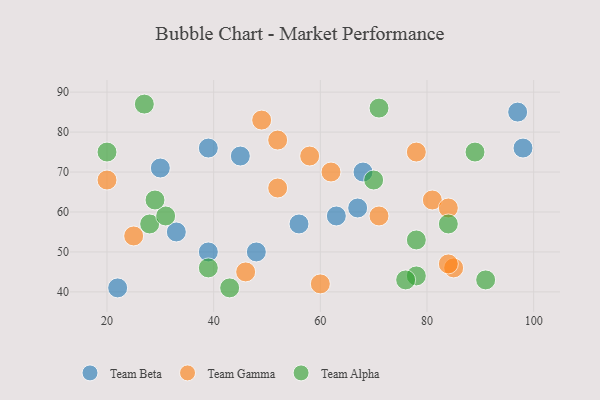
{"axis": {"x": "GDP", "y": "Life Expectancy"}, "legend": ["Team Alpha", "Team Beta", "Team Gamma"], "data": [{"x": "56", "y": 57, "type": "Team Beta"}, {"x": "22", "y": 41, "type": "Team Beta"}, {"x": "33", "y": 55, "type": "Team Beta"}, {"x": "67", "y": 61, "type": "Team Beta"}, {"x": "30", "y": 71, "type": "Team Beta"}, {"x": "68", "y": 70, "type": "Team Beta"}, {"x": "39", "y": 76, "type": "Team Beta"}, {"x": "98", "y": 76, "type": "Team Beta"}, {"x": "45", "y": 74, "type": "Team Beta"}, {"x": "48", "y": 50, "type": "Team Beta"}, {"x": "97", "y": 85, "type": "Team Beta"}, {"x": "63", "y": 59, "type": "Team Beta"}, {"x": "39", "y": 50, "type": "Team Beta"}, {"x": "81", "y": 63, "type": "Team Gamma"}, {"x": "20", "y": 68, "type": "Team Gamma"}, {"x": "46", "y": 45, "type": "Team Gamma"}, {"x": "25", "y": 54, "type": "Team Gamma"}, {"x": "58", "y": 74, "type": "Team Gamma"}, {"x": "85", "y": 46, "type": "Team Gamma"}, {"x": "84", "y": 61, "type": "Team Gamma"}, {"x": "49", "y": 83, "type": "Team Gamma"}, {"x": "78", "y": 75, "type": "Team Gamma"}, {"x": "52", "y": 78, "type": "Team Gamma"}, {"x": "52", "y": 66, "type": "Team Gamma"}, {"x": "62", "y": 70, "type": "Team Gamma"}, {"x": "60", "y": 42, "type": "Team Gamma"}, {"x": "71", "y": 59, "type": "Team Gamma"}, {"x": "84", "y": 47, "type": "Team Gamma"}, {"x": "28", "y": 57, "type": "Team Alpha"}, {"x": "43", "y": 41, "type": "Team Alpha"}, {"x": "71", "y": 86, "type": "Team Alpha"}, {"x": "20", "y": 75, "type": "Team Alpha"}, {"x": "91", "y": 43, "type": "Team Alpha"}, {"x": "27", "y": 87, "type": "Team Alpha"}, {"x": "89", "y": 75, "type": "Team Alpha"}, {"x": "31", "y": 59, "type": "Team Alpha"}, {"x": "29", "y": 63, "type": "Team Alpha"}, {"x": "78", "y": 44, "type": "Team Alpha"}, {"x": "84", "y": 57, "type": "Team Alpha"}, {"x": "70", "y": 68, "type": "Team Alpha"}, {"x": "76", "y": 43, "type": "Team Alpha"}, {"x": "78", "y": 53, "type": "Team Alpha"}, {"x": "39", "y": 46, "type": "Team Alpha"}]}